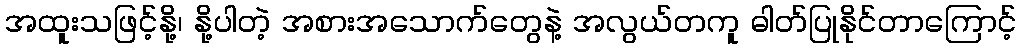
အထူးသဖြင့်နို့၊ နို့ပါတဲ့ အစားအသောက်တွေနဲ့ အလွယ်တကူ ဓါတ်ပြုနိုင်တာကြောင့်